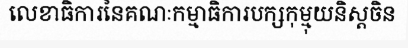
លេខាធិការនៃគណៈកម្មាធិការបក្សកុម្មុយនិស្តចិន